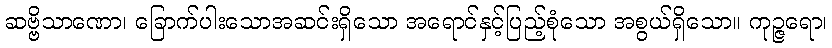
ဆဗ္ဗိသာဏော၊ ခြောက်ပါးသောအဆင်းရှိသော အရောင်နှင့်ပြည့်စုံသော အစွယ်ရှိသော။ ကုဉ္ဇရော၊